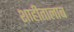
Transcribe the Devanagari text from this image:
शाहीतालाब